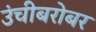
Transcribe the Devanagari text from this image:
उंचीबरोबर